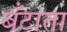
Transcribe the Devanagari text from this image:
बँटाता